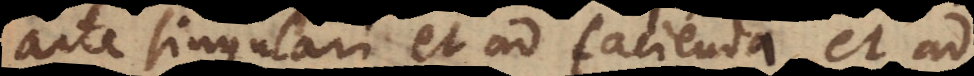
arte singulari et ad facienda, et ad